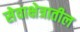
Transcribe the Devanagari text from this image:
सेवाक्षेत्रातील